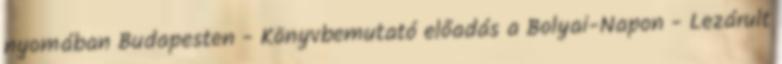
nyomában Budapesten - Könyvbemutató előadás a Bolyai-Napon - Lezárult